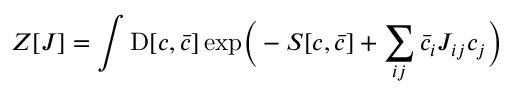
Z [ J ] = \int \mathrm { D } [ c , { \bar { c } } ] \exp \! { \Big ( } - S [ c , { \bar { c } } ] + \sum _ { i j } { \bar { c } } _ { i } J _ { i j } c _ { j } { \Big ) }